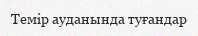
Темір ауданында туғандар